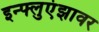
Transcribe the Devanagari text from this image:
इन्फ्लुएंझावर